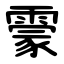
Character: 霥